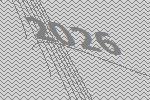
2026